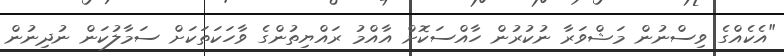
"އެކެއްގެ ވިސްނުން މަޝްވަރާ ނުކުރުން ހާއްސަކޮށް އާއްމު ރައްޔިތުންގެ ވާހަކަތަކަށް ސަމާލުކަން ނުދިނުން